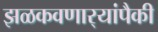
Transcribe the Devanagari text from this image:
झळकवणार्‍यांपैकी